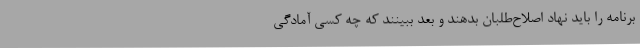
برنامه را باید نهاد اصلاح‌طلبان بدهند و بعد ببینند که چه کسی آمادگی